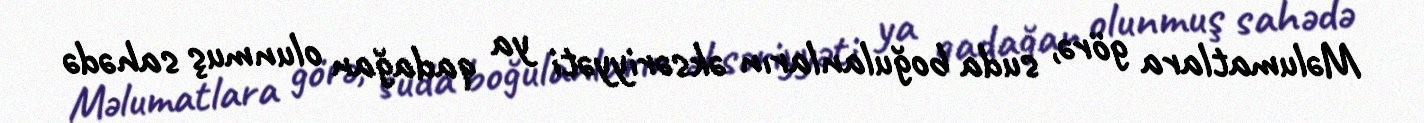
Məlumatlara görə, suda boğulanların əksəriyyəti ya qadağan olunmuş sahədə